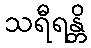
သရီရန္တိ